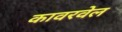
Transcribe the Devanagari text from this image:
कावरवेल